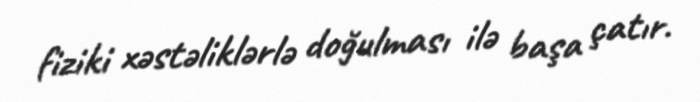
fiziki xəstəliklərlə doğulması ilə başa çatır.